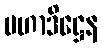
မဟာဒိဋ္ဌေန